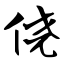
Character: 侥